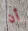
أن